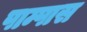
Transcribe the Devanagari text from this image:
पाम्पास